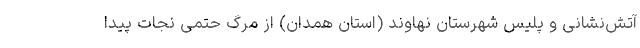
آتش‌نشانی و پلیس شهرستان نهاوند (استان همدان) از مرگ حتمی نجات پیدا